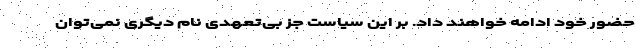
حضور خود ادامه خواهند داد. بر این سیاست جز بی‌تعهدی نام دیگری نمی‌توان